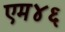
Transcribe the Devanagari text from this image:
एम४६